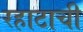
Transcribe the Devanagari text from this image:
रहाटाची